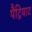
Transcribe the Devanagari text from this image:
पैट्रियाट